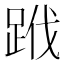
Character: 𨀳